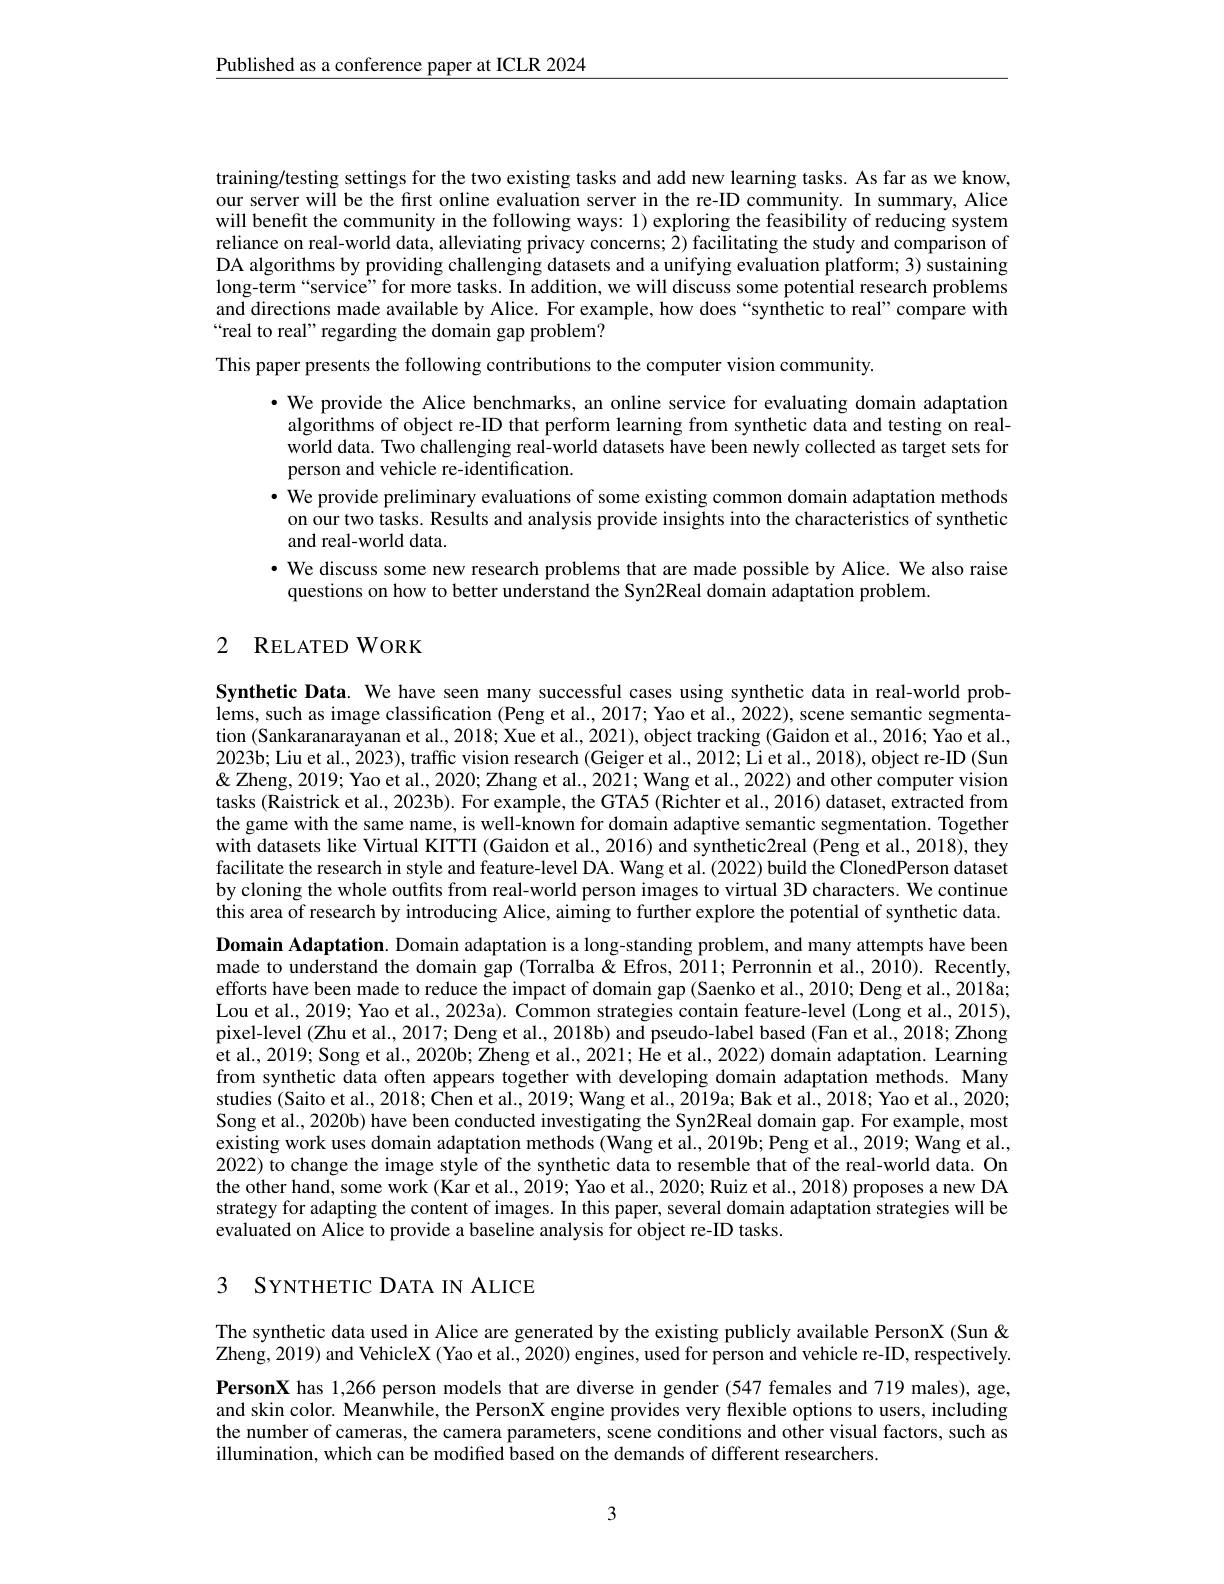
$\underline{\text{Published as a conference paper at ICLR 2024}}$

training/testing settings for the two existing tasks and add new learning tasks. As far as we know, our server will be the frst online evaluation server in the re-ID community. In summary, Alice will benefit the community in the following ways: 1) exploring the feasibility of reducing system reliance on real-world data, alleviating privacy concerns; 2) facilitating the study and comparison of DA algorithms by providing challenging datasets and a unifying evaluation platform; 3) sustaining long-term“service”for more tasks. In addition, we will discuss some potential research problems and directions made available by Alice. For example, how does“synthetic to real”compare with “real to real” regarding the domain gap problem?

This paper presents the following contributions to the computer vision community.

$\cdot$ We provide the Alice benchmarks, an online service for evaluating domain adaptation
algorithms of object re-ID that perform learning from synthetic data and testing on realworld data. Two challenging real-world datasets have been newly collected as target sets for person and vehicle re-identification.
$\bullet$ We provide preliminary evaluations of some existing common domain adaptation methods
on our two tasks. Results and analysis provide insights into the characteristics of synthetic
and real-world data.
· We discuss some new research problems that are made possible by Alice. We also raise
questions on how to better understand the Syn2Real domain adaptation problem.

# 2 RELATED WORK

Synthetic Data. We have seen many successful cases using synthetic data in real-world prob- $\dot{\text{lems, such as image classification (Peng et al., 2017; Yao et al., 2022), scene semantic segmenta-}}$ tion (Sankaranarayanan et al., 2018; Xue et al., 2021), object tracking (Gaidon et al., 2016; Yao et al., 2023b; Liu et al., 2023), traffic vision research (Geiger et al., 2012; Li et al., 2018), object re-ID (Sun & & Zheng, 2019; Yao et al., 2020; Zhang et al., 2021; Wang et al., 2022) and other computer vision tasks (Raistrick et al., 2023b). For example, the GTA5 (Richter et al., 2016) dataset, extracted from the game with the same name, is well-known for domain adaptive semantic segmentation. Together with datasets like Virtual KITTI (Gaidon et al., 2016) and synthetic2real (Peng et al., 2018), they facilitate the research in style and feature-level DA. Wang et al. (2022) build the ClonedPerson dataset by cloning the whole outfits from real-world person images to virtual 3D characters. We continue this area of research by introducing Alice, aiming to further explore the potential of synthetic data. Domain Adaptation. Domain adaptation is a long-standing problem, and many attempts have been made to understand the domain gap (Torralba&Efros,2011;Perronnin et al.,2010). Recently, efforts have been made to reduce the impact of domain gap (Saenko et al., 2010; Deng et al., 2018a; Lou et al., 2019; Yao et al., 2023a). Common strategies contain feature-level (Long et al., 2015), pixel-level (Zhu et al., 2017; Deng et al., 2018b) and pseudo-label based (Fan et al., 2018; Zhong et al., 2019; Song et al., 2020b; Zheng et al., 2021; He et al., 2022) domain adaptation. Learning from synthetic data often appears together with developing domain adaptation methods. Many studies (Saito et al., 2018; Chen et al., 2019; Wang et al., 2019a; Bak et al., 2018; Yao et al., 2020; Song et al., 2020b) have been conducted investigating the Syn2Real domain gap. For example, most existing work uses domain adaptation methods (Wang et al., 2019b; Peng et al., 2019; Wang et al., 2022) to change the image style of the synthetic data to resemble that of the real-world data. On the other hand, some work (Kar et al.., 2019; Yao et al.. 2020; Ruiz et al., 2018) proposes a new DA strategy for adapting the content of images. In this paper, several domain adaptation strategies will be evaluated on Alice to provide a baseline analysis for object re-ID tasks.

# 3 SYNTHETIC DATA IN ALICE

The synthetic data used in Alice are generated by the existing publicly available PersonX (Sun & Zheng, 2019) and VehicleX (Yao et al., 2020) engines, used for person and vehicle re-ID, respectively. PersonX has 1,266 person models that are diverse in gender (547 females and 719 males), age, and skin color. Meanwhile, the PersonX engine provides very flexible options to users, including the number of cameras, the camera parameters, scene conditions and other visual factors, such as illumination, which can be modified based on the demands of different researchers.

3